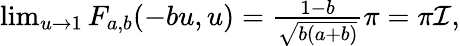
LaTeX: \begin{array}{r}{\operatorname*{lim}_{u\rightarrow 1}F_{a,b}(-bu,u)=\frac{1-b}{\sqrt{b(a+b)}}\pi=\pi\mathcal{I},}\end{array}